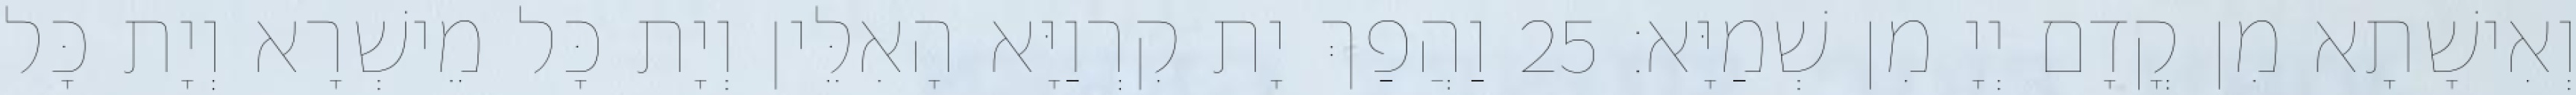
וְאִישָׁתָא מִן קֳדָם יְיָ מִן שְׁמַיָּא׃ 25 וַהֲפַךְ יָת קִרְוַיָּא הָאִלֵּין וְיָת כָּל מֵישְׁרָא וְיָת כָּל